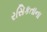
રસિકતાના